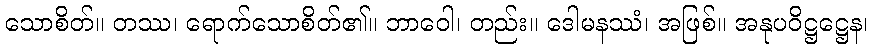
သောစိတ်။ တဿ၊ ရောက်သောစိတ်၏။ ဘာဝေါ၊ တည်း။ ဒေါမနဿံ၊ အဖြစ်။ အနုပဝိဋ္ဌဋ္ဌေန၊